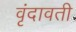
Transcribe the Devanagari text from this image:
वृंदावती